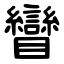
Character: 矕